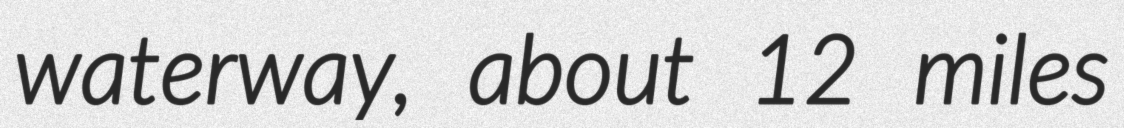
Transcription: waterway, about 12 miles